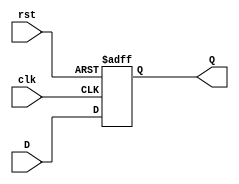
module D_FF #(parameter WIDTH = 1)(
    input clk, rst,
    input [WIDTH - 1 : 0] D,
    output reg [WIDTH - 1 : 0] Q
);
    always @(posedge clk, posedge rst) begin
        if (rst)
            Q <= 0;
        else
            Q <= D;
    end
endmodule